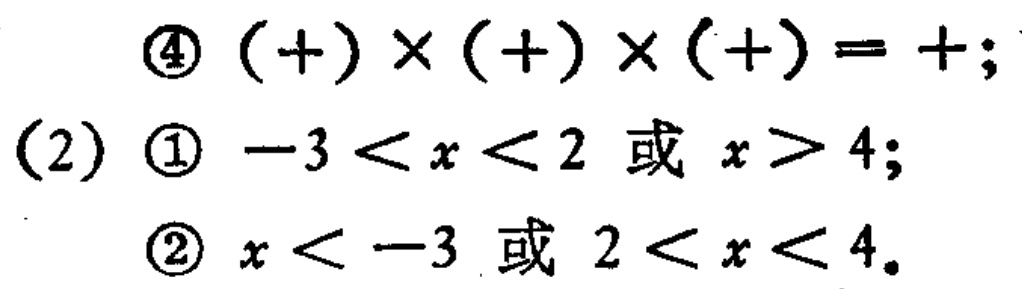
\begin{align*}
&\textcircled{4}\ (+)\times(+)\times(+)=+;\\
(2)&\textcircled{1}\ -3 < x < 2\ 或\ x > 4;\\
&\textcircled{2}\ x < -3\ 或\ 2 < x < 4.
\end{align*}